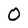
Character: O